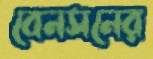
বেনসনের